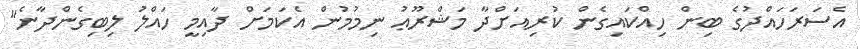
އެސަރަހައްދުގެ ބިން ހިއްކައިގެން ކުރިއަށްދާ މަޝްރޫޢު ނިމުމުން އެކަމަށް ދާއިމީ ހައްލު ލިބިގެންދާނެ"